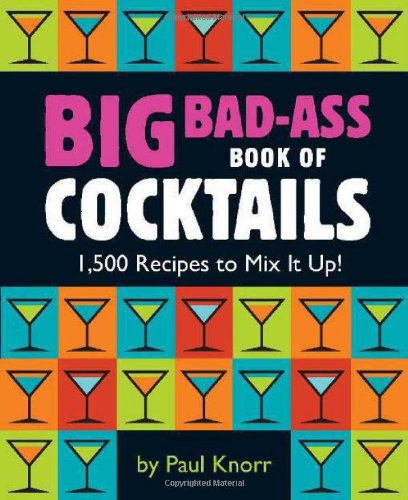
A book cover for Big Bad-Ass Book of Cocktails: 1,500 Recipes to Mix It Up!; Cookbooks, Food & Wine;